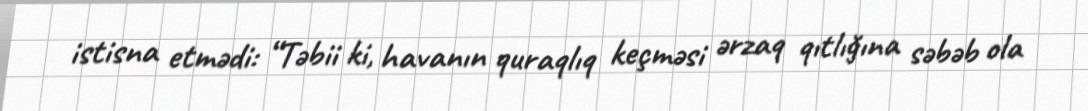
istisna etmədi: “Təbii ki, havanın quraqlıq keçməsi ərzaq qıtlığına səbəb ola